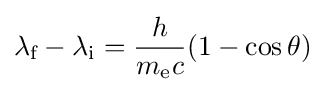
\lambda _{\text{f}}-\lambda _{\text{i}}={\frac {h}{m_{\text{e}}c}}(1-\cos \theta )